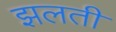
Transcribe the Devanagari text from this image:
झलती